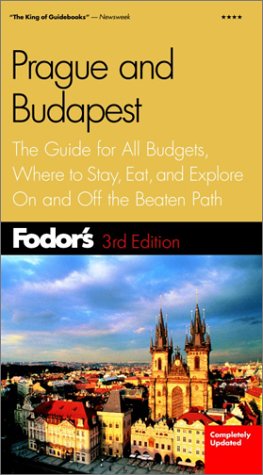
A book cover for Fodor's Prague and Budapest, 3rd Edition: The Guide for All Budgets, Where to Stay, Eat, and Explore On and Off the Beaten Path (Fodor's Gold Guides); Fodor's; Travel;